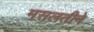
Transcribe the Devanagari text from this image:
मसलतीने